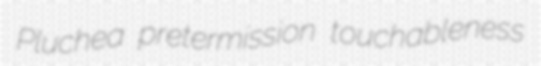
Pluchea pretermission touchableness